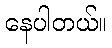
နေပါတယ်။